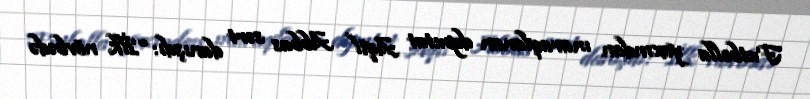
Futbolla yaxından maraqlanan deputat Aqil Abbas sərt danışdı: “İlk növbədə